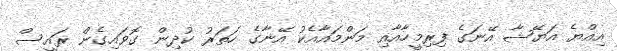
އިއްޔެ އަޔޭޝާ އޭނަގެ ފިރިމީހާއާއި މަންމައާއެކު އޭނާގެ ހަތަރު ކުދިން ގޮވައިގެން ރައީސް